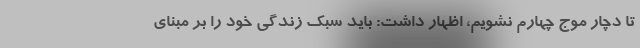
تا دچار موج چهارم نشویم، اظهار داشت: باید سبک زندگی خود را بر مبنای